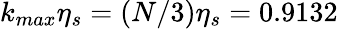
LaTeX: k_{max}\eta_{s}=(N/3)\eta_{s}=0.9132